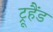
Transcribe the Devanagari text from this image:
ट्रूहैंड